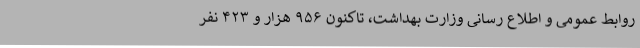
روابط عمومی و اطلاع رسانی وزارت بهداشت، تاکنون ۹۵۶ هزار و ۴۲۳ نفر